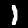
Digit: 1